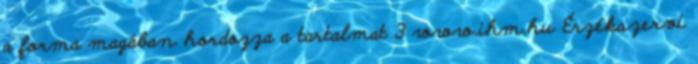
a forma magában hordozza a tartalmat 3 www.ihm.hu Érzékszervi